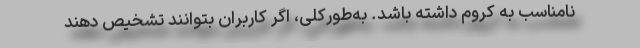
نامناسب به کروم داشته باشد. به‌طورکلی، اگر کاربران بتوانند تشخیص دهند